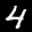
Label: 4